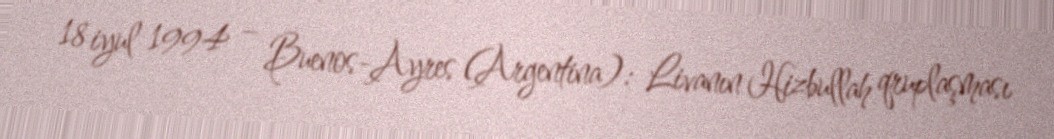
18 iyul 1994 – Buenos-Ayres (Argentina): Livanın Hizbullah qruplaşması